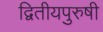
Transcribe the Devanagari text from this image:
द्वितीयपुरुषी